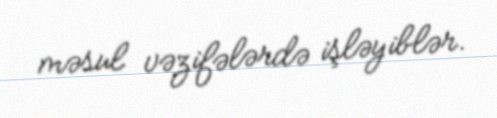
məsul vəzifələrdə işləyiblər.